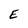
Character: E